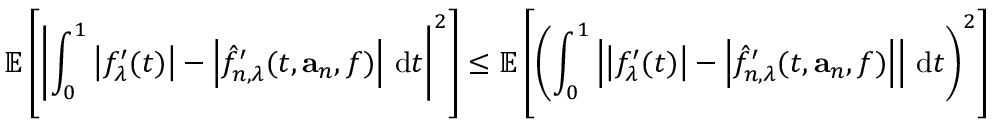
\mathbb { E } \left[ \left| \int _ { 0 } ^ { 1 } \left| f _ { \lambda } ^ { \prime } ( t ) \right| - \left| \hat { f } _ { n , \lambda } ^ { \prime } ( t , \mathbf { a } _ { n } , f ) \right| \, \mathrm { d } t \right| ^ { 2 } \right] \leq \mathbb { E } \left[ \left( \int _ { 0 } ^ { 1 } \left| \left| f _ { \lambda } ^ { \prime } ( t ) \right| - \left| \hat { f } _ { n , \lambda } ^ { \prime } ( t , \mathbf { a } _ { n } , f ) \right| \right| \, \mathrm { d } t \right) ^ { 2 } \right]